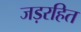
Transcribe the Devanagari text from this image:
जड़रहित